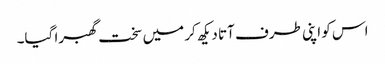
اس کو اپنی طرف آتا دیکھ کر میں سخت گھبرا گیا۔